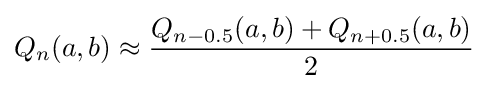
Q_{n}(a,b)\approx {\frac {Q_{n-0.5}(a,b)+Q_{n+0.5}(a,b)}{2}}